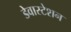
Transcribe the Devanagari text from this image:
डेवास्टेशन